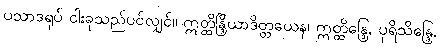
ပသာဒရုပ် ငါးခုသည်ပင်လျှင်။ ဣတ္ထိန္ဒြိယာဒိတ္တယေန၊ ဣတ္ထိန္ဒြေ, ပုရိသိန္ဒြေ,